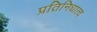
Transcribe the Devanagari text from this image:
प्रतिनिधात्व